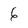
Character: 6